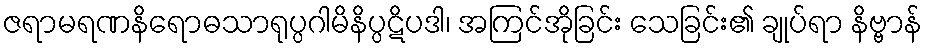
ဇရာမရဏနိရောဓသာရုပ္ပဂါမိနိပ္ပဋိပဒါ၊ အကြင်အိုခြင်း သေခြင်း၏ ချုပ်ရာ နိဗ္ဗာန်